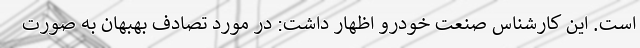
است. این کارشناس صنعت خودرو اظهار داشت: در مورد تصادف بهبهان به صورت